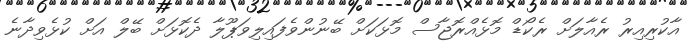
އާކުރިއިރު ރެއާލަށް ރެކޯޑް މޮޅެއްރޮޖާސް މޮޅަކަށް ބޭނުންވެފައިލިވަޕޫލާ ދެކޮޅަށް ބޭލް އަށް ކުޅެވިދާނެ